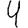
Digit: 4